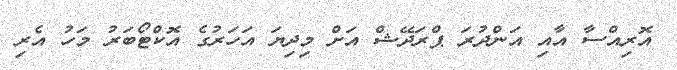
އޮރިއްސާ އާއި އަންދުރަ ޕްރަދޭޝް އަށް މިދިޔަ އަހަރުގެ އޮކްޓޯބަރު މަހު އެރި